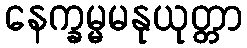
နေက္ခမ္မမနုယုတ္တာ